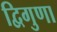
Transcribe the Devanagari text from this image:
द्विगुणा